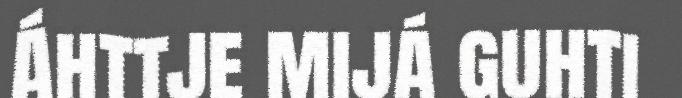
Áhttje mijá guhti